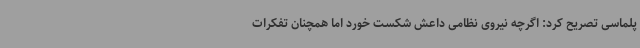
پلماسی تصریح کرد: اگرچه نیروی نظامی داعش شکست خورد اما همچنان تفکرات